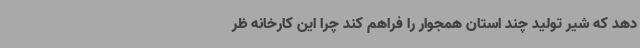
دهد که شیر تولید چند استان همجوار را فراهم کند چرا این کارخانه ظر